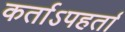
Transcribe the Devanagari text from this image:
कर्ताऽपहर्ता